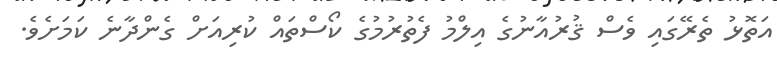
އަތޮޅު ތެރޭގައި ވެސް ޤުރުއާނުގެ އިލްމު ފެތުރުމުގެ ކޯސްތައް ކުރިއަށް ގެންދާނެ ކަމަށެވެ.